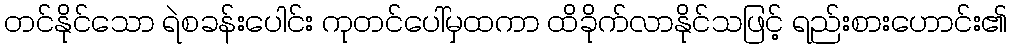
တင်နိုင်သော ရဲစခန်းပေါင်း ကုတင်ပေါ်မှထကာ ထိခိုက်လာနိုင်သဖြင့် ရည်းစားဟောင်း၏